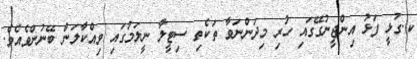
ކ.ގުޅީ ފަޅު އިންޖީނުގޭގައި ހުރި މިދަންނަވާ ތަކެތި ސިޓީލާ ނީލަމުގައި ވިއްކާލަން ބޭނުންވެއެވެ.